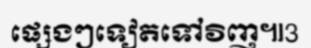
ផ្សេងៗទៀតទៅវិញ៕3